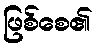
ဖြစ်စေ၏